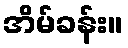
အိမ်ခန်း။